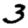
Digit: 3